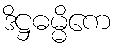
ဒိဋ္ဌဓမ္မိကေ